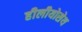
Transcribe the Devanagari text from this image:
हीलीयोसेथ